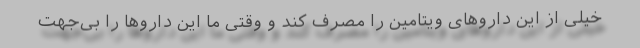
خیلی از این داروهای ویتامین را مصرف کند و وقتی ما این داروها را بی‌جهت